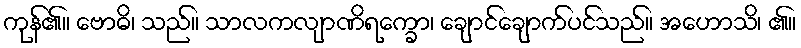
ကုန်၏။ ဗောဓိ၊ သည်။ သာလကလျာဏိရက္ခော၊ ချောင်ချောက်ပင်သည်။ အဟောသိ၊ ၏။